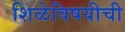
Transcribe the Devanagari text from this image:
शिळेविषयीची